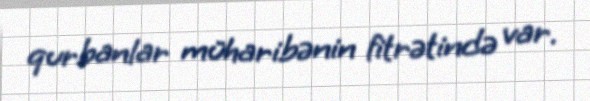
qurbanlar müharibənin fitrətində var.